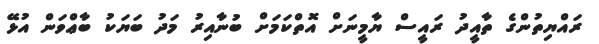
ރައްޔިތުންގެ ތާއީދު ރައީސް ޔާމީނަށް އޮތްކަމަށް ބުނާއިރު މަދު ބަޔަކު ބާޢްވަން އުޅޭ